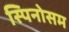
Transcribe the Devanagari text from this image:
स्पिनोसम